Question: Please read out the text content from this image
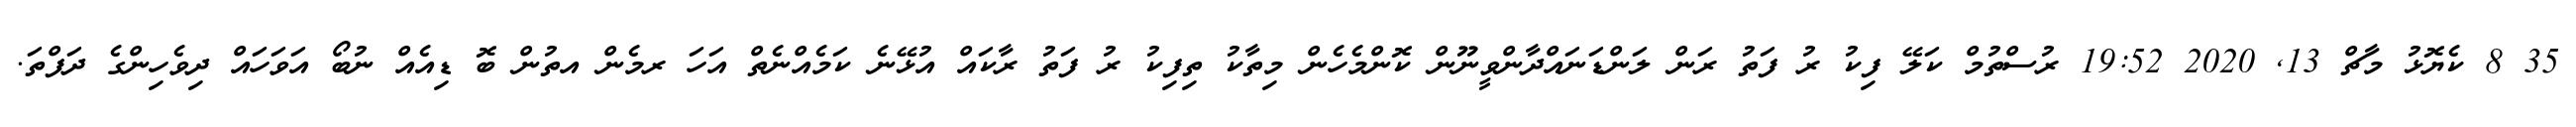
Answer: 35 8 ކެޔޮޅު މާޗް 13, 2020 19:52 ރުސްތުމް ކަލޭ ފިކު ރު ފަތު ރަން ލަންޑަނައްދާންވީނޫން ކޮންމެހެން މިތާކު ތިފިކު ރު ފަތު ރާކައް އުޅޭނެ ކަމެއްނެތް އަހަ ރމެން އތުން ބޮ ޑިއެއް ނުބޯ އަވަހައް ދިވެހިންގެ ދަފްތަ.